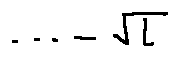
\cdots - \sqrt { l }